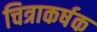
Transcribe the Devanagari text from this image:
चित्राकर्षक